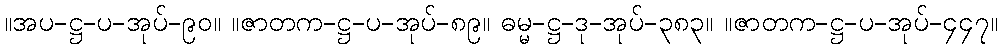
။အပ-ဋ္ဌ-ပ-အုပ်-၉၀။ ။ဇာတက-ဋ္ဌ-ပ-အုပ်-၈၉။ ဓမ္မ-ဋ္ဌ-ဒု-အုပ်-၃၈၃။ ။ဇာတက-ဋ္ဌ-ပ-အုပ်-၄၄၇။